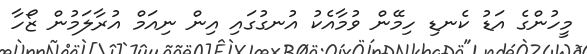
މީހުންގެ އަޑު ކެނޑި ހިމޭން ވުމާއެކު އުނގުގައި އިން ނިއަމް އުރާލަމުން ޒޯހާ